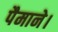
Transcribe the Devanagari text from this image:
पैमाने।